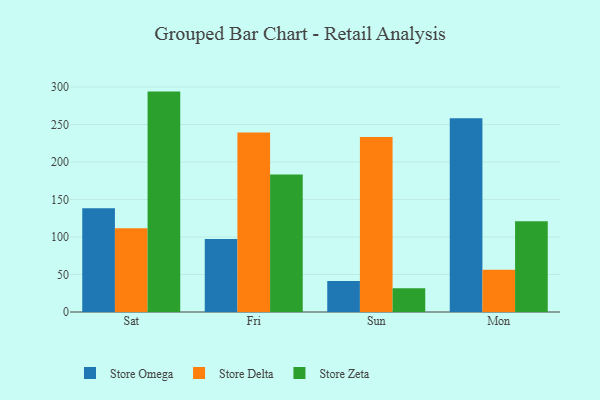
{"axis": {"x": "Day", "y": "Humidity (%)"}, "legend": ["Store Delta", "Store Omega", "Store Zeta"], "data": [{"x": "Sat", "y": 138.5, "type": "Store Omega"}, {"x": "Sat", "y": 111.7, "type": "Store Delta"}, {"x": "Sat", "y": 293.9, "type": "Store Zeta"}, {"x": "Fri", "y": 97.5, "type": "Store Omega"}, {"x": "Fri", "y": 239.2, "type": "Store Delta"}, {"x": "Fri", "y": 183.3, "type": "Store Zeta"}, {"x": "Sun", "y": 41.5, "type": "Store Omega"}, {"x": "Sun", "y": 233.5, "type": "Store Delta"}, {"x": "Sun", "y": 31.6, "type": "Store Zeta"}, {"x": "Mon", "y": 258.4, "type": "Store Omega"}, {"x": "Mon", "y": 56.5, "type": "Store Delta"}, {"x": "Mon", "y": 120.9, "type": "Store Zeta"}]}